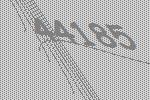
44185